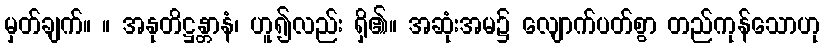
မှတ်ချက်။ ။ အနုတိဋ္ဌန္တာနံ၊ ဟူ၍လည်း ရှိ၏။ အဆုံးအမ၌ လျောက်ပတ်စွာ တည်ကုန်သောဟု